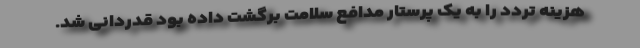
هزینه تردد را به یک پرستار مدافع سلامت برگشت داده بود قدردانی شد.